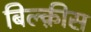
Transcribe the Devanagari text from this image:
बिल्क़ीस